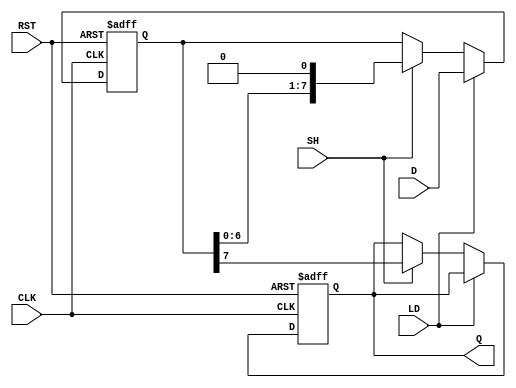
module PISO_Register (
    input wire [7:0] D,      // Parallel input data
    input wire LD,           // Load control signal
    input wire SH,           // Shift control signal
    input wire CLK,          // Clock signal
    output reg Q,            // Serial output data
    input wire RST           // Asynchronous reset signal
);

    reg [7:0] shift_reg;     // Shift register to hold the data

    // Asynchronous reset and loading operation
    always @(posedge CLK or posedge RST) begin
        if (RST) begin
            shift_reg <= 8'b0; // Reset the shift register to zero
            Q <= 1'b0;         // Reset the output
        end else begin
            if (LD) begin
                shift_reg <= D; // Load parallel data into the shift register
            end else if (SH) begin
                Q <= shift_reg[7]; // Output the MSB
                shift_reg <= {shift_reg[6:0], 1'b0}; // Shift right
            end
        end
    end

endmodule